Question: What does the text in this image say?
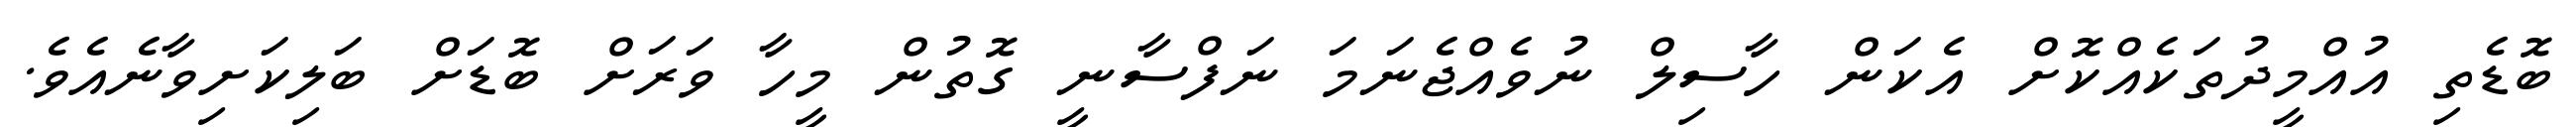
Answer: ބޮޑެތި އުއްމީދުތަކެއްކޮށް އެކަން ހާސިލް ނުވެއްޖެނަމަ ނަފްސާނީ ގޮތުން މީހާ ވަރަށް ބޮޑަށް ބަލިކަށިވާނެއެވެ.